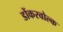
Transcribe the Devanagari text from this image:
डोंकरवोल्क